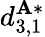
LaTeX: d_{3,1}^{\mathbf{A}*}